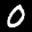
Label: 0